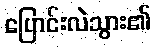
ပြောင်းလဲသွား၏